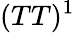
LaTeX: (TT)^{1}